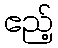
ဧည့်